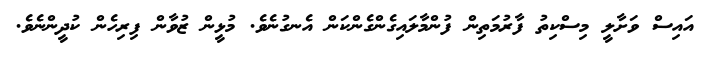
އައިސް ވަށާލީ މިސްކިތު ފާރުމަތިން ފުންމާލައިގެންގެންކަން އެނގުނެވެ. މުޅީން ޒުވާން ފިރިހެން ކުދީންނެވެ.